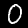
Digit: 0